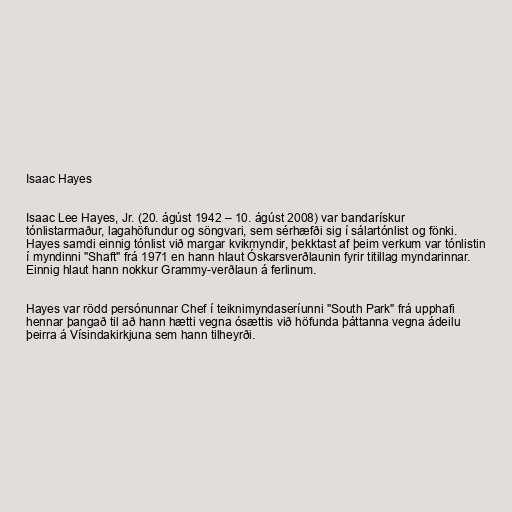
Isaac Hayes

Isaac Lee Hayes, Jr. (20. ágúst 1942 – 10. ágúst 2008) var bandarískur
tónlistarmaður, lagahöfundur og söngvari, sem sérhæfði sig í sálartónlist og fönki.
Hayes samdi einnig tónlist við margar kvikmyndir, þekktast af þeim verkum var tónlistin
í myndinni "Shaft" frá 1971 en hann hlaut Óskarsverðlaunin fyrir titillag myndarinnar.
Einnig hlaut hann nokkur Grammy-verðlaun á ferlinum.

Hayes var rödd persónunnar Chef í teiknimyndaseríunni "South Park" frá upphafi
hennar þangað til að hann hætti vegna ósættis við höfunda þáttanna vegna ádeilu
þeirra á Vísindakirkjuna sem hann tilheyrði.